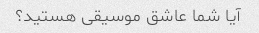
آیا شما عاشق موسیقی هستید؟